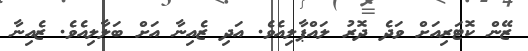
ޒޭން ކޮޓަރިއަށް ވަދެ ދޮރު ލައްޕާލިއެވެ. އަދި ޒެއިނާ އަށް ބަލާލިއެވެ. ޒެއިނާ